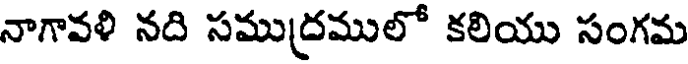
నాగావళి నది సముద్రములో కలియు సంగమ